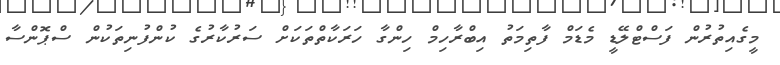
މީގެއިތުރުން ފަސްޓްލޭޑީ މެޑަމް ފާތިމަތު އިބްރާހިމް ހިންގާ ހަރަކާތްތަކަށް ސަރުކާރުގެ ކުންފުނިތަކުން ސްޕޮންސާ